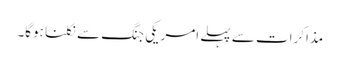
مذاکرات سے پہلے امریکی جنگ سے نکلنا ہوگا۔